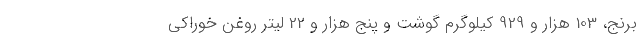
برنج، 103 هزار و 929 کیلوگرم گوشت و پنج هزار و 22 لیتر روغن خوراکی